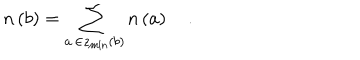
n \left( b \right) = \sum _ { a \, \in z _ { \min } \left( b \right) } n \left( a \right) \quad .